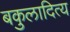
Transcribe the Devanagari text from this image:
बकुलादित्य